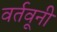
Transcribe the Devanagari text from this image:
वर्तवूनी